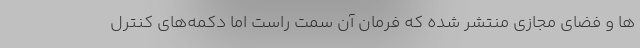
ها و فضاي مجازي منتشر شده كه فرمان آن سمت راست اما دکمه‌های کنترل